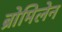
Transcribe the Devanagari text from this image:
ब्रोमिलेन